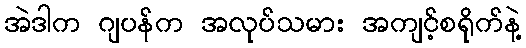
အဲဒါက ဂျပန်က အလုပ်သမား အကျင့်စရိုက်နဲ့